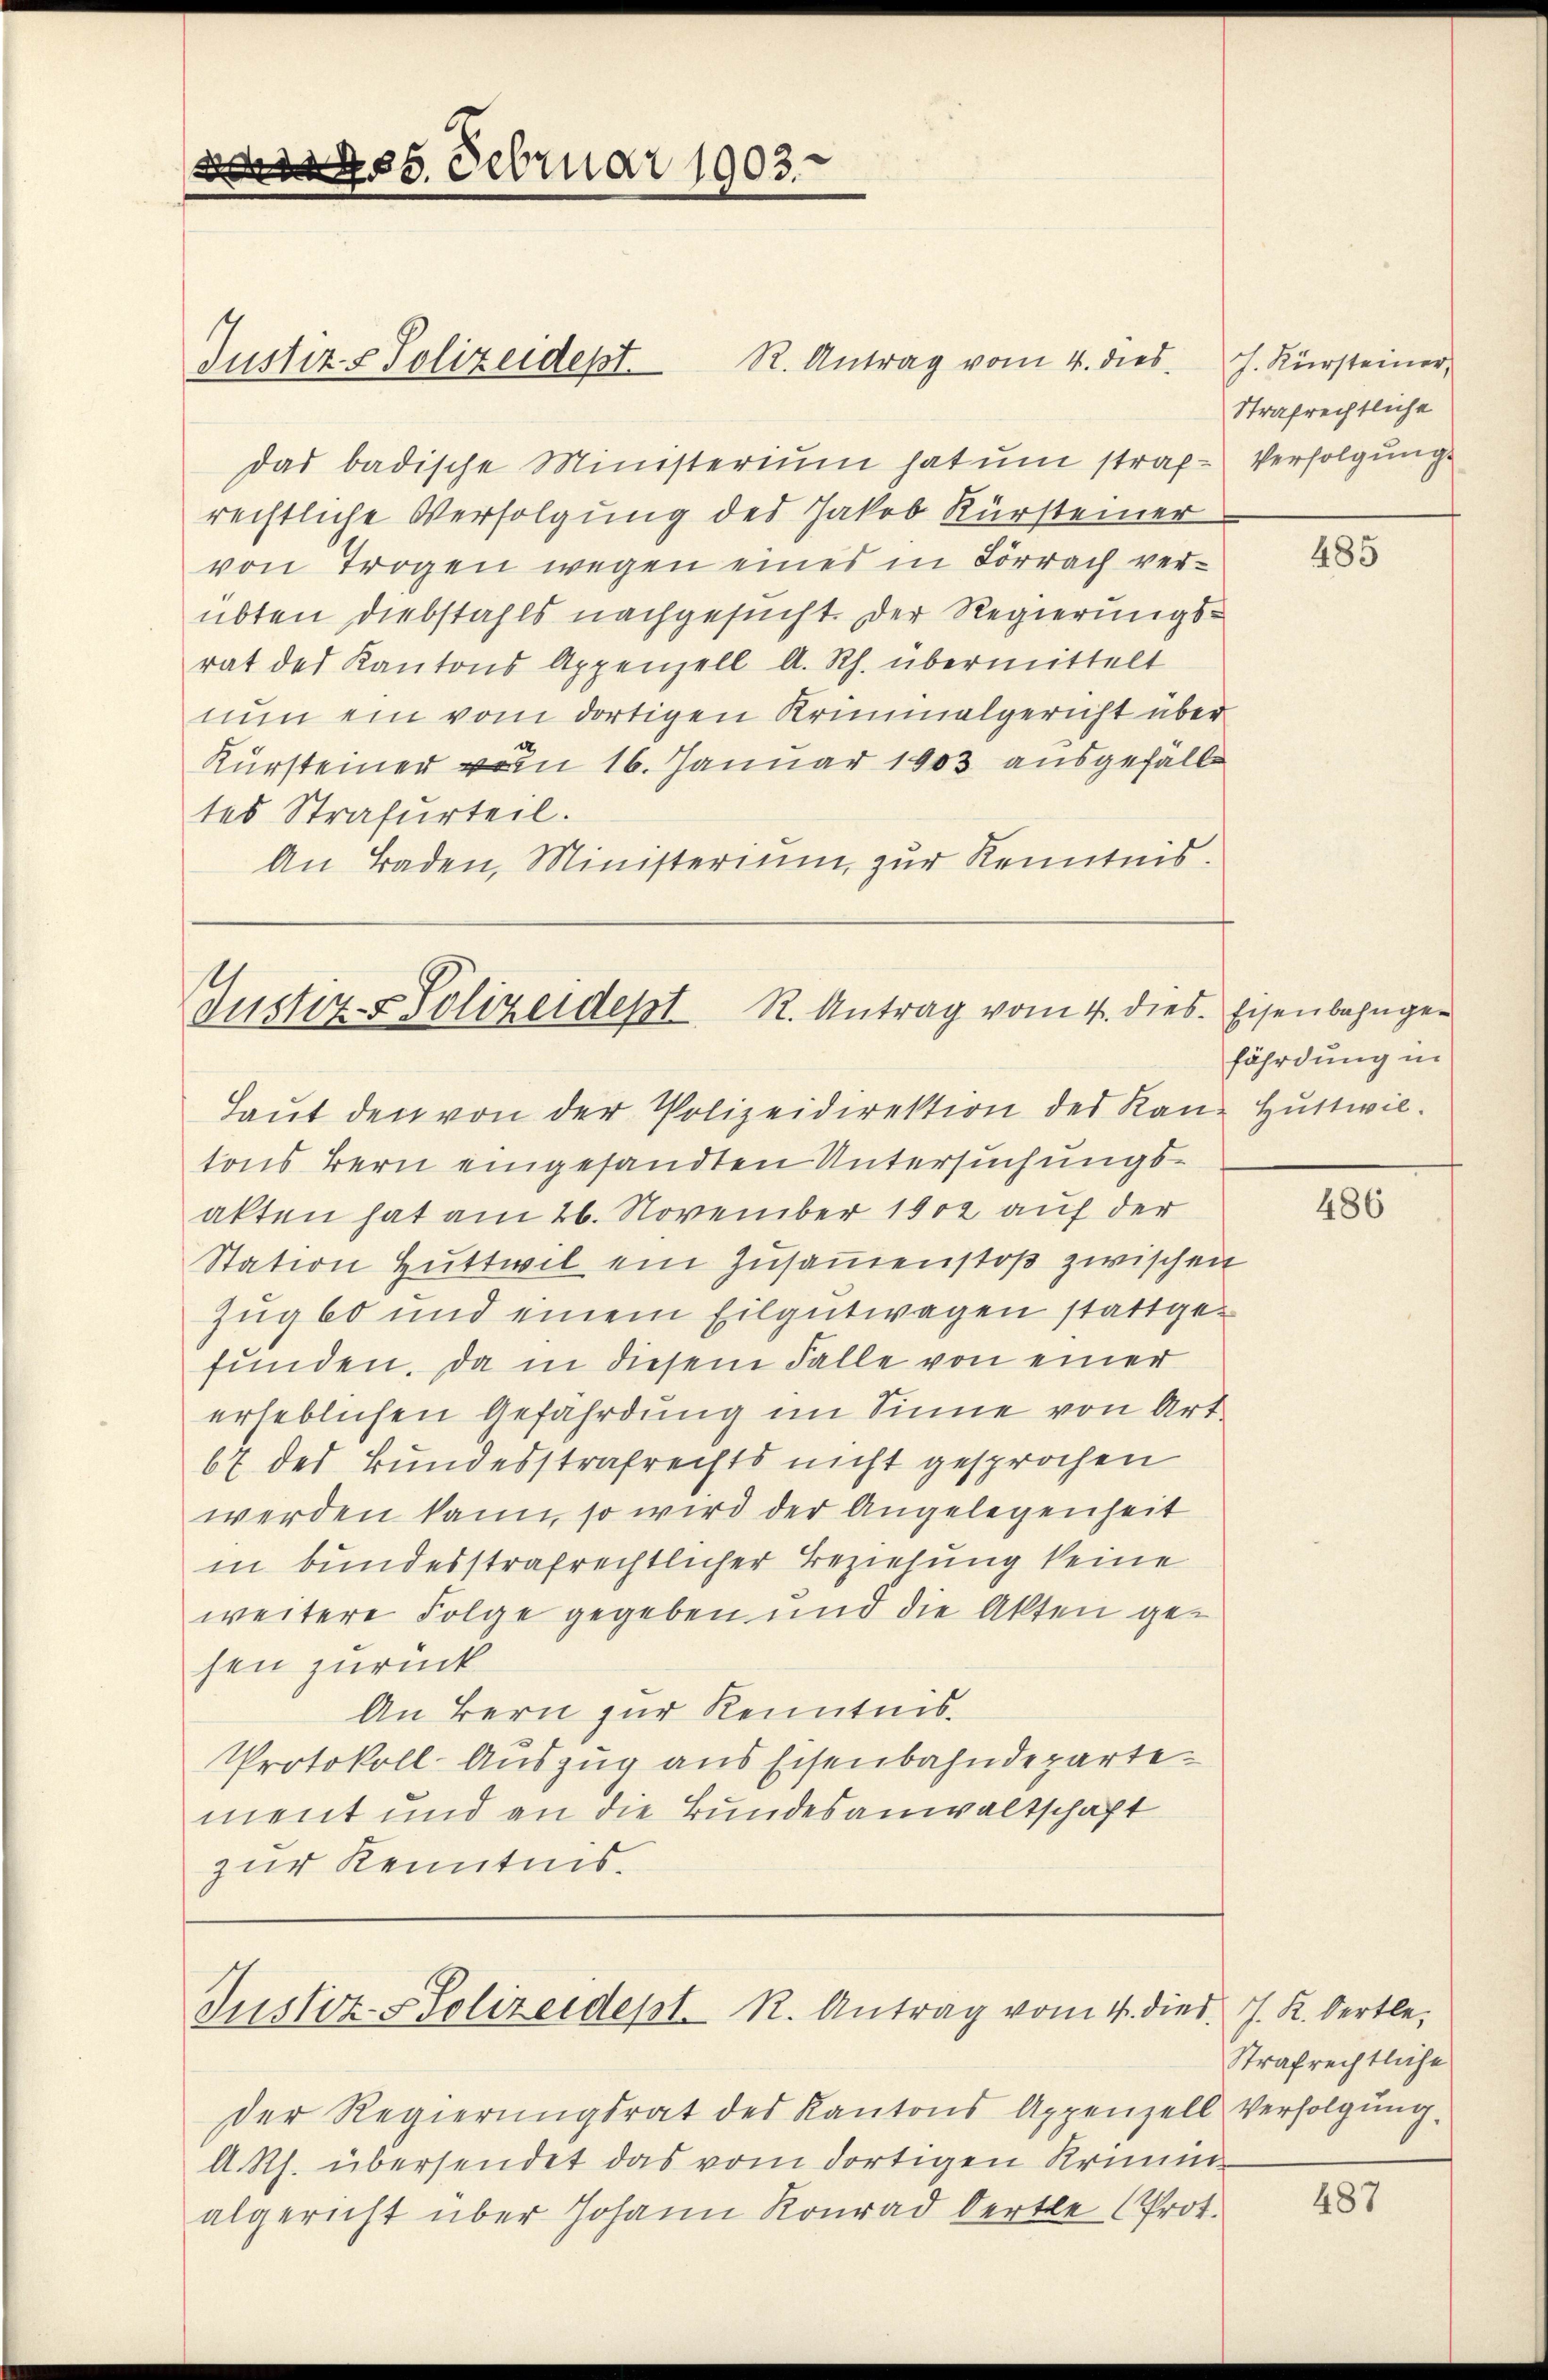
785. Februar 1903

das badische Ministerium hat um straf- Verfolgung
rechtliche Verfolgung des Jakob Kürsteiner
von Trogen wegen eines in Lörrach verübten Diebstahls nachgesucht. Der Regierungsrat des Kantons Appenzell A. Rh. übermittelt
nun ein vom dortigen Kriminalgericht über
Kursteiner vom 16. Januar 1903 ausgefalls
tes Strafurteil.
An Baden, Ministerium, zur Kenntnis.

Justiz & Polizeidept.

R. Antrag vom 4. dies J. Kürsteiner,

ustiz- & Polizeidept R. Antrag vom 4. dies. Eisenbahnger

Justiz-Polizeidept. R. Antrag vom 4. dies J. K. Oertle

Laut den von der Polizeidirektion des Rand Huttwiltons Bern eingesandten Untersuchungsakten hat am 26. November 1902 auf der
Station Huttwil ein Zusammenstoß zwischen
Zug 60 und einem Eilgutwagen stattgefunden. Da in diesem Falle von einer
erheblichen Gefährdung im Sinne von Art
67 des Bundesstrafrechts nicht gesprochen
werden kann, so wird der Angelegenheit
in bundesstrafrechtlicher Beziehung keine
weitere Folge gegeben und die Akten gehen zurück
An Bern zur Kenntnis.
Protokoll-Auszug aus Eisenbahndeparte
ment und an die Bundesanwaltschaft
zur Kenntnis.

der Regierŭngsrat des Kantons Appenzell Verfolgung,
A Rh. übersendet das vom dortigen Krimin
algericht über Johann Konrad Oertle (Prot.

Strafrechtliche

485

fährdung in

486

Strafrechtliche

487